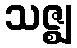
သဇ္ဈ